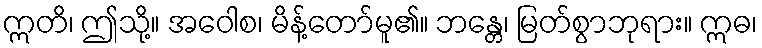
ဣတိ၊ ဤသို့။ အဝေါစ၊ မိန့်တော်မူ၏။ ဘန္တေ၊ မြတ်စွာဘုရား။ ဣဓ၊